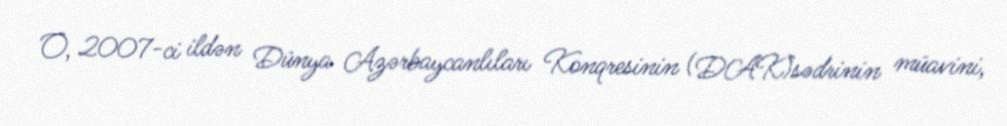
O, 2007-ci ildən Dünya Azərbaycanlıları Konqresinin (DAK)sədrinin müavini,